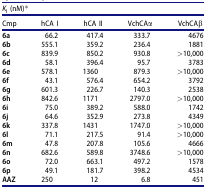
| <COLSPAN=5> KI (nM)* |
 | Cmp | hCA I | hCA II | VchCAα | VchCAβ |
 | --- | --- | --- | --- | --- |
 | 6a | 66.2 | 417.4 | 333.7 | 4676 |
 | 6b | 555.1 | 359.2 | 236.4 | 1881 |
 | 6c | 839.9 | 850.2 | 930.8 | >10,000 |
 | 6d | 58.1 | 396.4 | 95.7 | 3783 |
 | 6e | 578.1 | 1360 | 879.3 | >10,000 |
 | 6f | 43.1 | 576.4 | 654.2 | 3792 |
 | 6g | 601.3 | 226.7 | 140.3 | 2538 |
 | 6h | 842.6 | 1171 | 2797.0 | >10,000 |
 | 6i | 75.0 | 389.2 | 588.0 | 1742 |
 | 6j | 64.6 | 352.9 | 273.8 | 4349 |
 | 6k | 337.8 | 1431 | 1747.0 | >10,000 |
 | 6l | 71.1 | 217.5 | 91.4 | >10,000 |
 | 6m | 47.8 | 207.8 | 105.6 | 4666 |
 | 6n | 682.6 | 589.8 | 3748.6 | >10,000 |
 | 6o | 72.0 | 663.1 | 497.2 | 1578 |
 | 6p | 49.1 | 181.7 | 398.2 | 4534 |
 | AAZ | 250 | 12 | 6.8 | 451 |